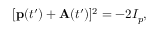
[ \mathbf { p } ( t ^ { \prime } ) + \mathbf { A } ( t ^ { \prime } ) ] ^ { 2 } = - 2 I _ { p } ,